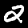
Digit: 2